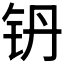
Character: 𮷼